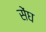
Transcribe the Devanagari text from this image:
सेंघ